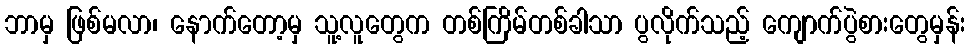
ဘာမှ ဖြစ်မလာ၊ နောက်တော့မှ သူ့လူတွေက တစ်ကြိမ်တစ်ခါသာ ပွလိုက်သည့် ကျောက်ပွဲစားတွေမှန်း